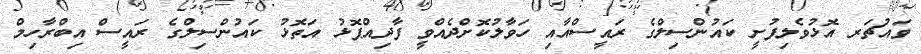
ވައުޗަރ އޮޅުވެލިފުށީ ކައުންސިލްގެ ރައީސްއާއި ހަވާލުކޮށްދެއްވީ ފާދިއްޕޮޅު އަތޮޅު ކައުންސިލްގެ ރައީސް އިބްރާހިމް